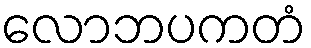
လောဘပကတံ